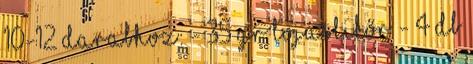
10-12 darabhoz: - 35 gr tojáslikőr - 4 db